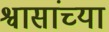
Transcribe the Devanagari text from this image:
श्वासांच्या